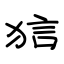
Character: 狺